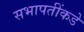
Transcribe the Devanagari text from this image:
सभापतींकडे